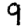
Digit: 9